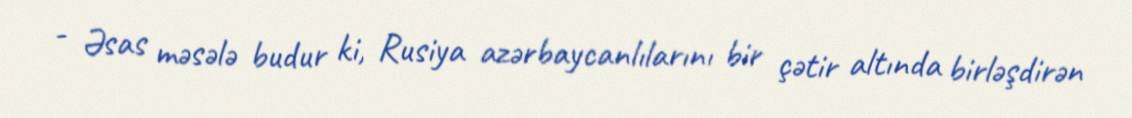
- Əsas məsələ budur ki, Rusiya azərbaycanlılarını bir çətir altında birləşdirən